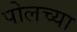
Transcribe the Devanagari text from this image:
पोलच्या